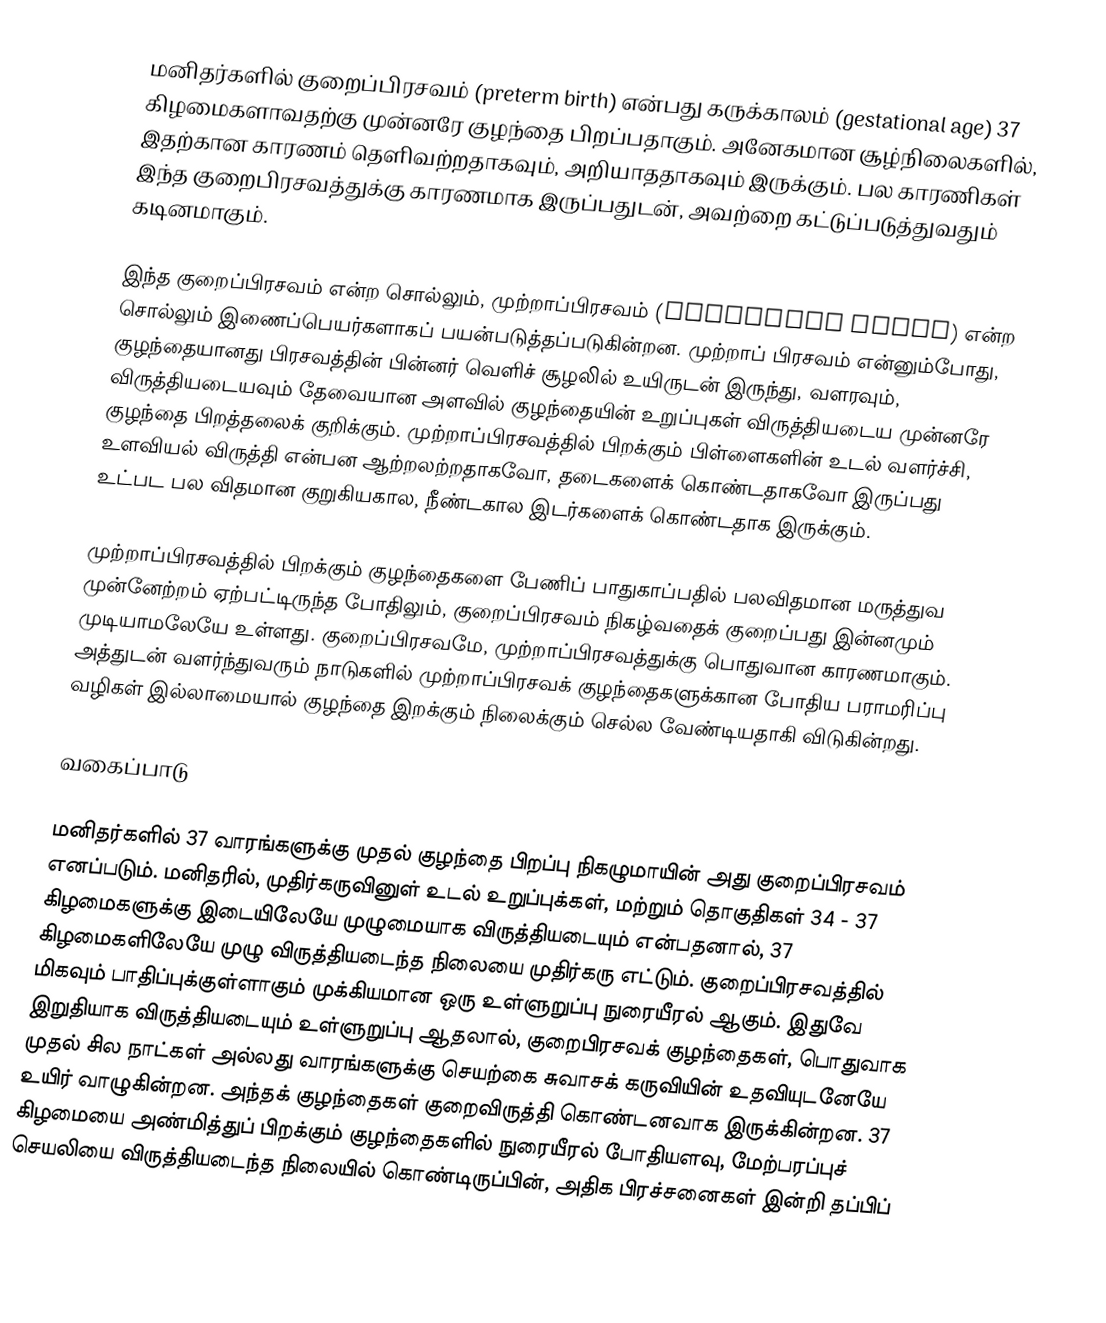
மனிதர்களில் குறைப்பிரசவம் (preterm birth) என்பது கருக்காலம் (gestational age) 37 கிழமைகளாவதற்கு முன்னரே குழந்தை பிறப்பதாகும். அனேகமான சூழ்நிலைகளில், இதற்கான காரணம் தெளிவற்றதாகவும், அறியாததாகவும் இருக்கும். பல காரணிகள் இந்த குறைபிரசவத்துக்கு காரணமாக இருப்பதுடன், அவற்றை கட்டுப்படுத்துவதும் கடினமாகும்.

இந்த குறைப்பிரசவம் என்ற சொல்லும், முற்றாப்பிரசவம் (premature birth) என்ற சொல்லும் இணைப்பெயர்களாகப் பயன்படுத்தப்படுகின்றன. முற்றாப் பிரசவம் என்னும்போது, குழந்தையானது பிரசவத்தின் பின்னர் வெளிச் சூழலில் உயிருடன் இருந்து, வளரவும், விருத்தியடையவும் தேவையான அளவில் குழந்தையின் உறுப்புகள் விருத்தியடைய முன்னரே குழந்தை பிறத்தலைக் குறிக்கும். முற்றாப்பிரசவத்தில் பிறக்கும் பிள்ளைகளின் உடல் வளர்ச்சி, உளவியல் விருத்தி என்பன ஆற்றலற்றதாகவோ, தடைகளைக் கொண்டதாகவோ இருப்பது உட்பட பல விதமான குறுகியகால, நீண்டகால இடர்களைக் கொண்டதாக இருக்கும்.

முற்றாப்பிரசவத்தில் பிறக்கும் குழந்தைகளை பேணிப் பாதுகாப்பதில் பலவிதமான மருத்துவ முன்னேற்றம் ஏற்பட்டிருந்த போதிலும், குறைப்பிரசவம் நிகழ்வதைக் குறைப்பது இன்னமும் முடியாமலேயே உள்ளது. குறைப்பிரசவமே, முற்றாப்பிரசவத்துக்கு பொதுவான காரணமாகும். அத்துடன் வளர்ந்துவரும் நாடுகளில் முற்றாப்பிரசவக் குழந்தைகளுக்கான போதிய பராமரிப்பு வழிகள் இல்லாமையால் குழந்தை இறக்கும் நிலைக்கும் செல்ல வேண்டியதாகி விடுகின்றது.

வகைப்பாடு

மனிதர்களில் 37 வாரங்களுக்கு முதல் குழந்தை பிறப்பு நிகழுமாயின் அது குறைப்பிரசவம் எனப்படும். மனிதரில், முதிர்கருவினுள் உடல் உறுப்புக்கள், மற்றும் தொகுதிகள் 34 - 37 கிழமைகளுக்கு இடையிலேயே முழுமையாக விருத்தியடையும் என்பதனால், 37 கிழமைகளிலேயே முழு விருத்தியடைந்த நிலையை முதிர்கரு எட்டும். குறைப்பிரசவத்தில் மிகவும் பாதிப்புக்குள்ளாகும் முக்கியமான ஒரு உள்ளுறுப்பு நுரையீரல் ஆகும். இதுவே இறுதியாக விருத்தியடையும் உள்ளுறுப்பு ஆதலால், குறைபிரசவக் குழந்தைகள், பொதுவாக முதல் சில நாட்கள் அல்லது வாரங்களுக்கு செயற்கை சுவாசக் கருவியின் உதவியுடனேயே உயிர் வாழுகின்றன. அந்தக் குழந்தைகள் குறைவிருத்தி கொண்டனவாக இருக்கின்றன. 37 கிழமையை அண்மித்துப் பிறக்கும் குழந்தைகளில் நுரையீரல் போதியளவு, மேற்பரப்புச் செயலியை விருத்தியடைந்த நிலையில் கொண்டிருப்பின், அதிக பிரச்சனைகள் இன்றி தப்பிப்